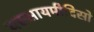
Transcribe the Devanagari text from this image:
यस्सायमीदिसो